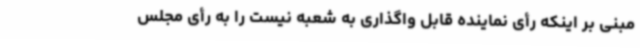
مبنی بر اینکه رأی نماینده قابل واگذاری به شعبه نیست را به رأی مجلس